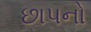
છાપનો